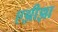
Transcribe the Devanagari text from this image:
एझीझा